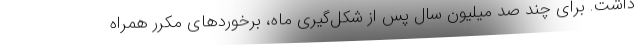
داشت. برای چند صد میلیون سال پس از شکل‌گیری ماه، برخوردهای مکرر همراه